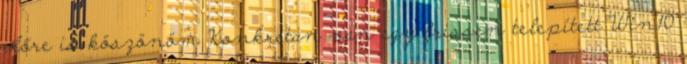
előre is köszönöm Konkrétan van egy frissen telepített Win10